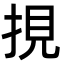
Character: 挸